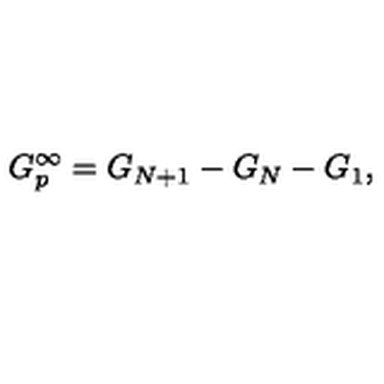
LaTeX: G _ { p } ^ { \infty } = G _ { N + 1 } - G _ { N } - G _ { 1 } ,